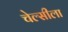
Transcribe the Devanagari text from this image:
चेल्सीला